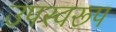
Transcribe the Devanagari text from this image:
उपस्वरूप